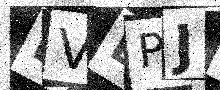
Text: BVBPJ8